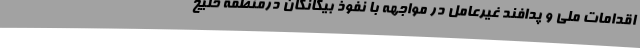
اقدامات ملی و پدافند غيرعامل در مواجهه با نفوذ بیگانگان درمنطقه خلیج